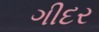
ગીદર